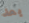
بعد